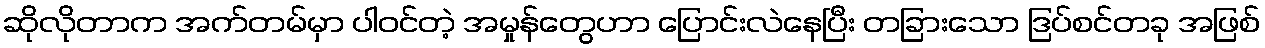
ဆိုလိုတာက အက်တမ်မှာ ပါဝင်တဲ့ အမှုန်တွေဟာ ပြောင်းလဲနေပြီး တခြားသော ဒြပ်စင်တခု အဖြစ်